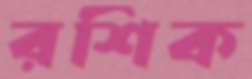
রশিক